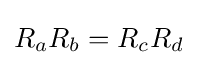
R_{a}R_{b}=R_{c}R_{d}